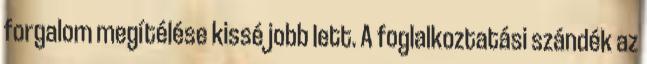
forgalom megítélése kissé jobb lett. A foglalkoztatási szándék az